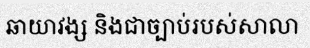
ឆាយាវង្ស និងជាច្បាប់របស់សាលា